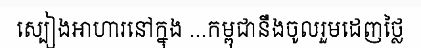
ស្បៀងអាហារនៅក្នុង ...កម្ពុជានឹងចូលរួមដេញថ្លៃ